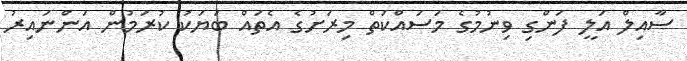
ސާއިލް އަލީ ފަންގި ވިނުމުގެ މަސައްކަތް މިރަށުގެ އެތައް ބަޔަކު ކުރަމުން އަންނައިރު